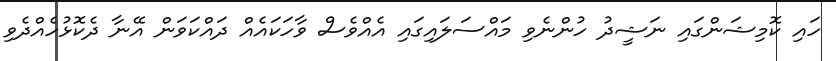
ހައި ކޮމިޝަންގައި ނަޝީދު ހުންނެވި މައްސަލައިގައި އެއްވެސް ވާހަކައެއް ދައްކަވަން އޭނާ ދެކޮޅުހެއްދެވި